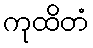
ကုထိတံ